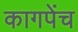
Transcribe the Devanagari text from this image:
कागपेंच